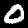
Label: 0